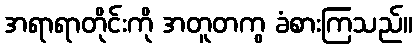
အရာရာတိုင်းကို အတူတကွ ခံစားကြသည်။